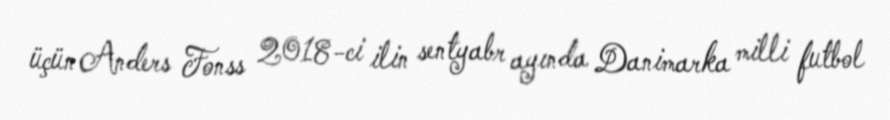
üçün Anders Fonss 2018-ci ilin sentyabr ayında Danimarka milli futbol